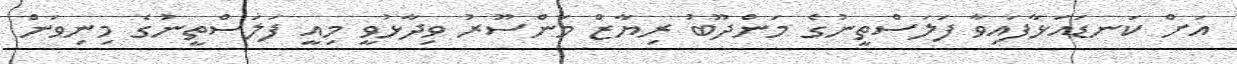
އަށް ކަނޑައަޅާފައިވާ ފަލަސްތީނުގެ މަންދޫބު ރިޔާޒް މަންސޫރު ވިދާޅުވީ މިއީ ފަލަސްތީނުގެ މިނިވަން